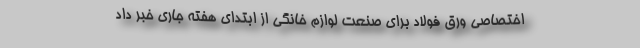
اختصاصی ورق فولاد برای صنعت لوازم خانگی از ابتدای هفته جاری خبر داد